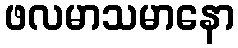
ဖလမာသမာနော